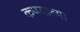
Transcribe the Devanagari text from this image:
कप्प्याच्या